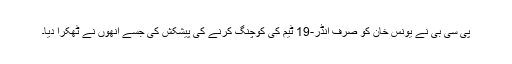
پی سی بی نے یونس خان کو صرف انڈر-19 ٹیم کی کوچنگ کرنے کی پیشکش کی جسے انھوں نے ٹھکرا دیا۔